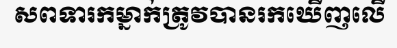
សពទារកម្នាក់ត្រូវបានរកឃើញលើ